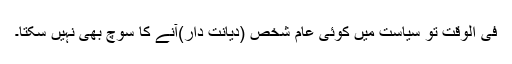
فی الوقت تو سیاست میں کوئی عام شخص (دیانت دار)آنے کا سوچ بھی نہیں سکتا۔